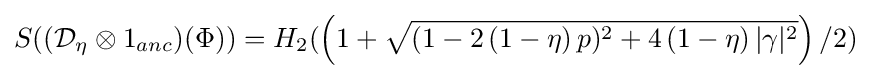
S(({\mathcal {D}}_{\eta }\otimes 1_{anc})(\Phi ))=H_{2}(\left(1+{\sqrt {(1-2\,(1-\eta )\,p)^{2}+4\,(1-\eta )\,|\gamma |^{2}}}\right)/2)